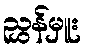
ညွှန်မှူး